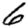
Digit: 6